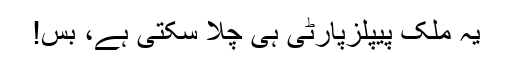
یہ ملک پیپلزپارٹی ہی چلا سکتی ہے، بس!